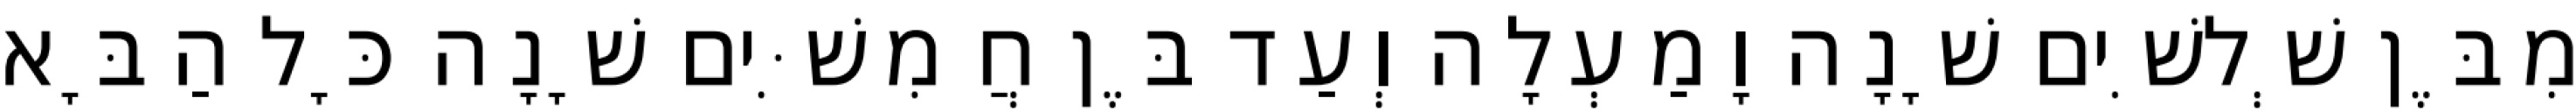
מִבֶּן שְׁלשִׁים שָׁנָה וָמַעְלָה וְעַד בֶּן חֲמִשִּׁים שָׁנָה כָּל הַבָּא